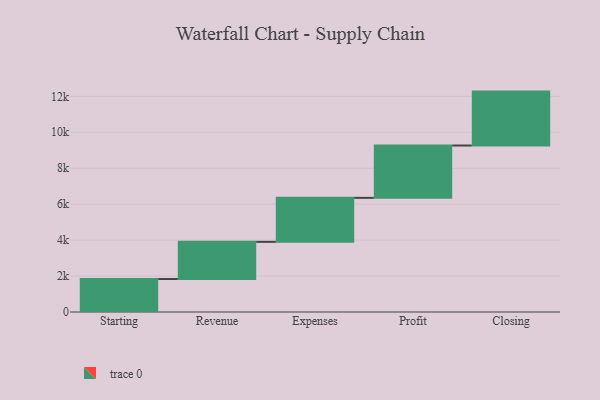
{"axis": {"x": "Step", "y": "Value"}, "legend": [""], "data": [{"x": "Starting", "y": 1836.0, "type": ""}, {"x": "Revenue", "y": 2067.0, "type": ""}, {"x": "Expenses", "y": 2448.0, "type": ""}, {"x": "Profit", "y": 2912.0, "type": ""}, {"x": "Closing", "y": 3000, "type": ""}]}